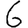
Digit: 6